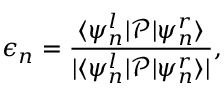
\epsilon _ { n } = \frac { \langle \psi _ { n } ^ { l } | \mathcal { P } | \psi _ { n } ^ { r } \rangle } { | \langle \psi _ { n } ^ { l } | \mathcal { P } | \psi _ { n } ^ { r } \rangle | } ,